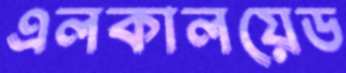
এলকালয়েড